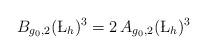
LaTeX: \begin{align*}B_{g_0,2}(\L_h)^3 = 2 \, A_{g_0,2}(\L_h)^3\end{align*}